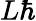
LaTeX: L\hbar